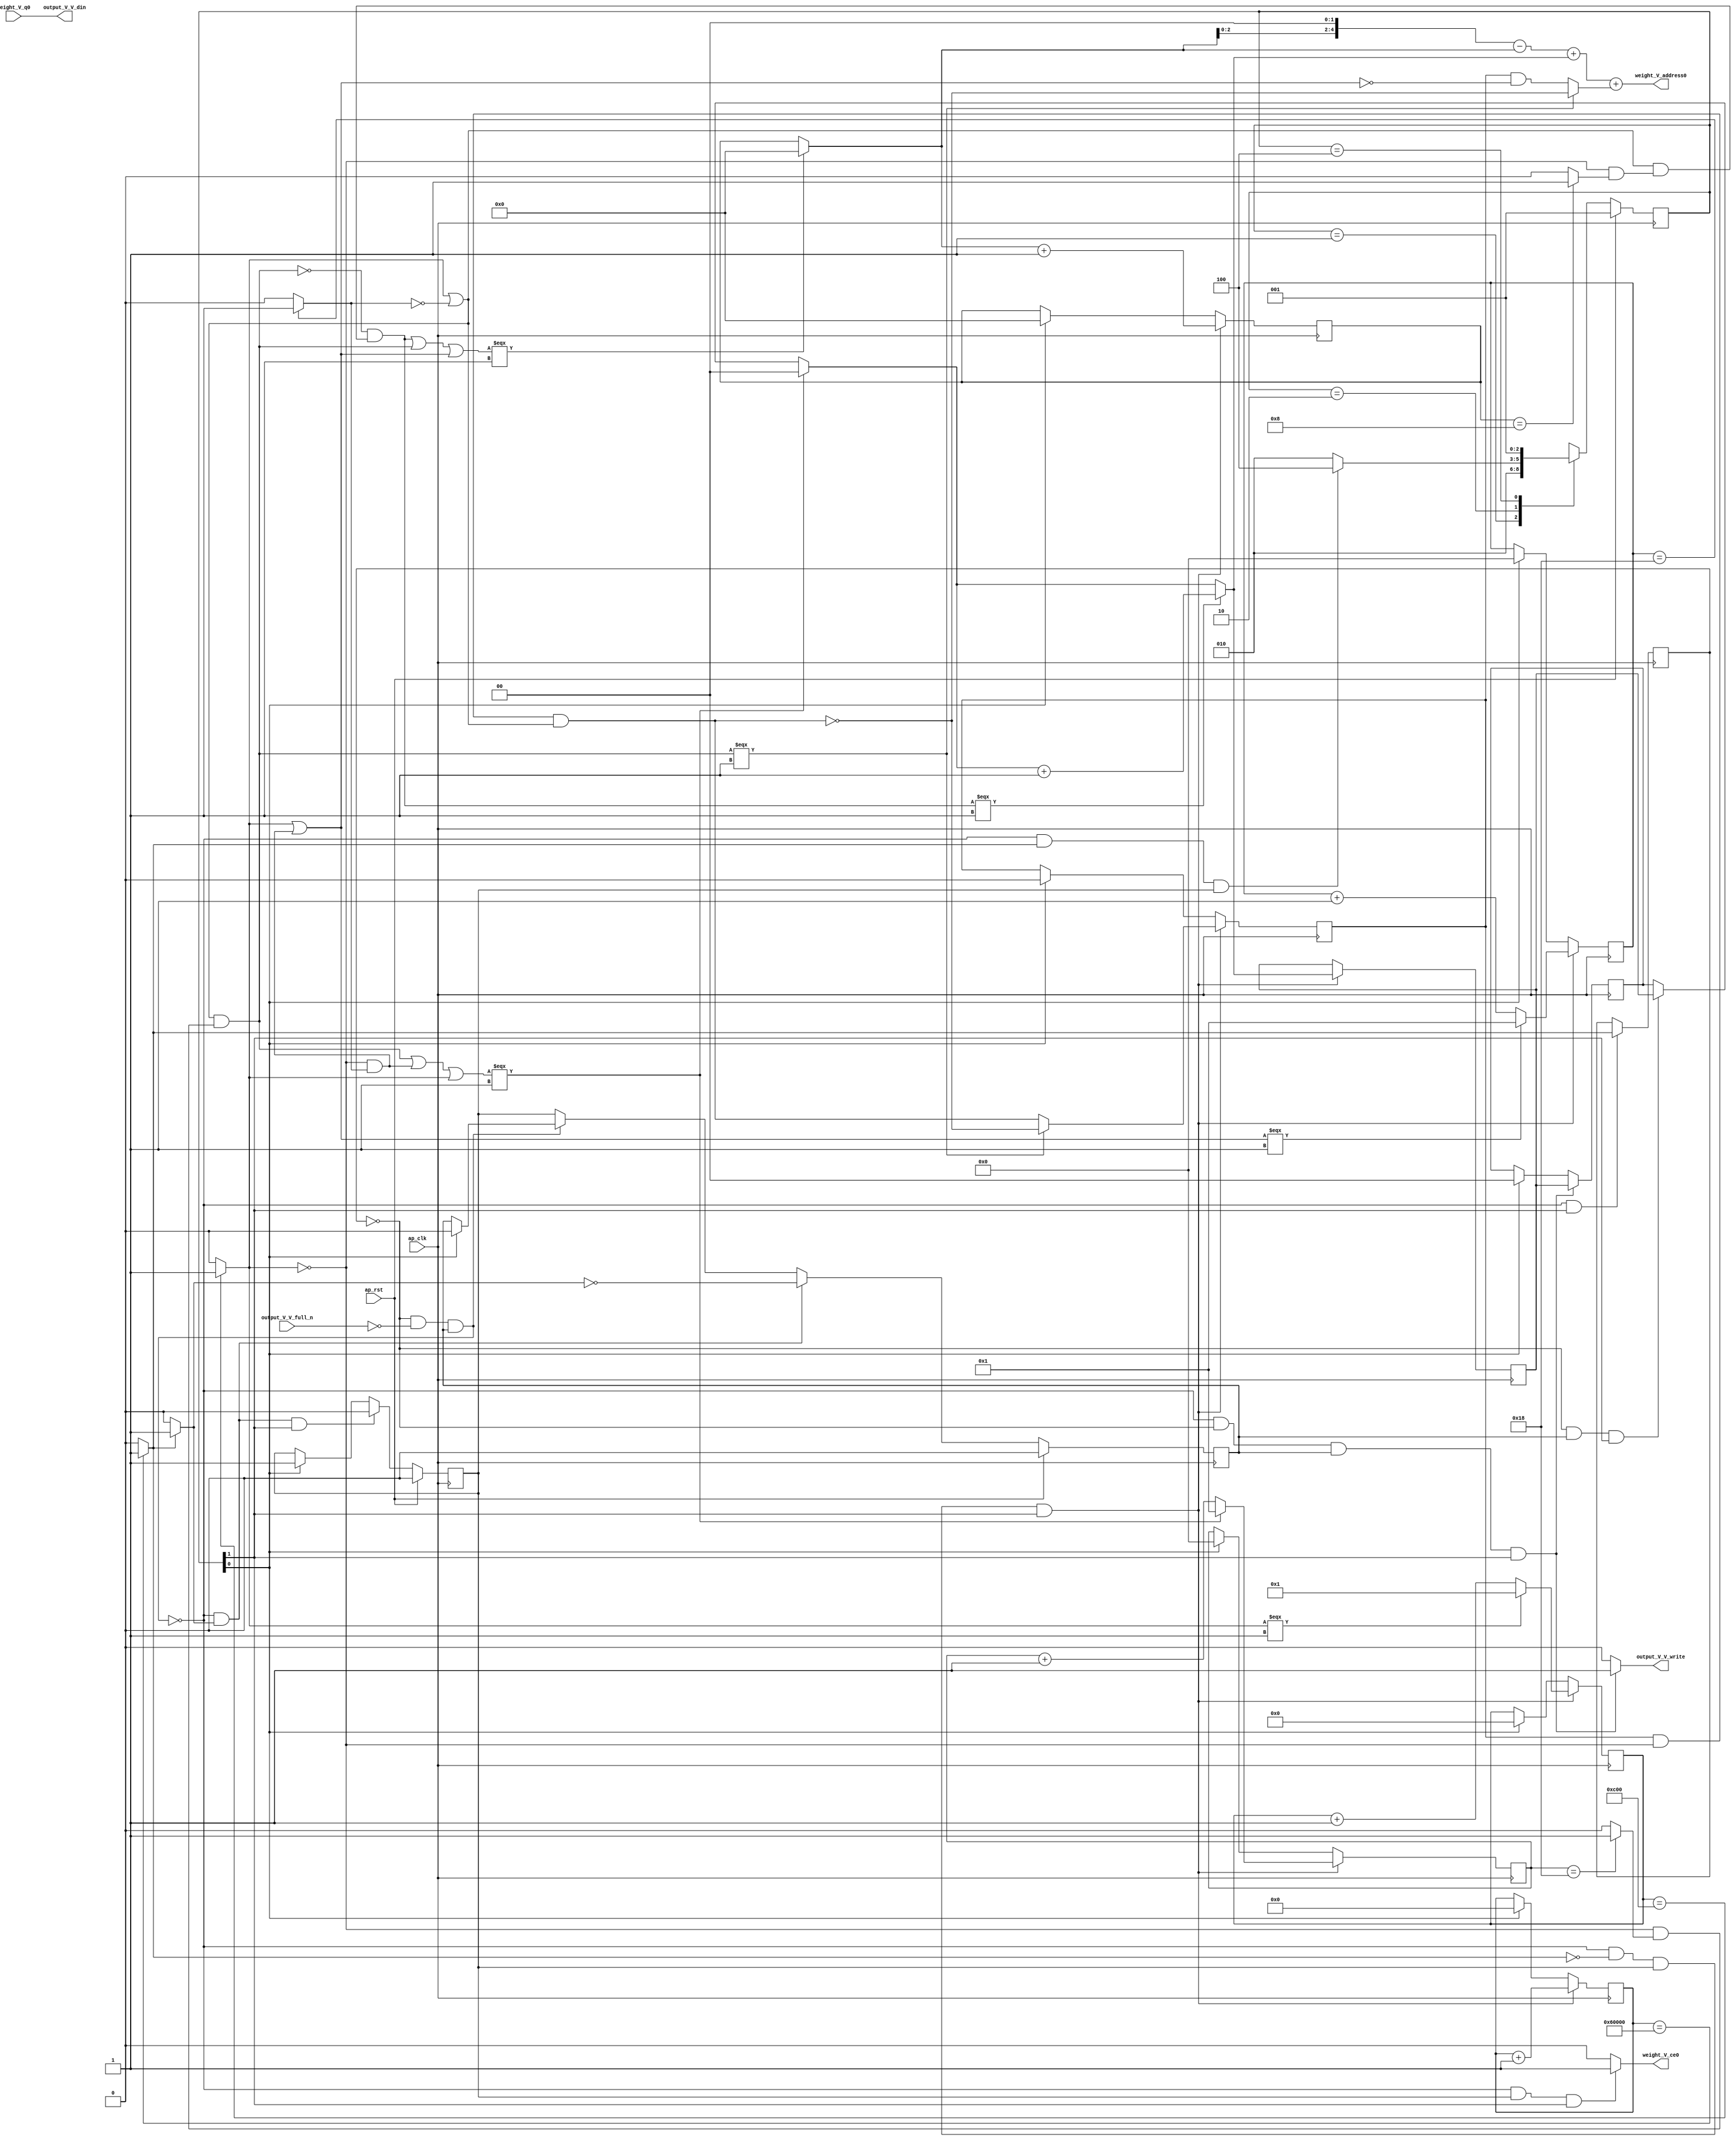
// ==============================================================
// RTL generated by Vivado(TM) HLS - High-Level Synthesis from C, C++ and SystemC
// Version: 2017.4
// Copyright (C) 1986-2017 Xilinx, Inc. All Rights Reserved.
// 
// ===========================================================

`timescale 1 ns / 1 ps 

(* CORE_GENERATION_INFO="weight_s_4,hls_ip_2017_4,{HLS_INPUT_TYPE=cxx,HLS_INPUT_FLOAT=0,HLS_INPUT_FIXED=1,HLS_INPUT_PART=xczu9eg-ffvb1156-2-e,HLS_INPUT_CLOCK=10.000000,HLS_INPUT_ARCH=others,HLS_SYN_CLOCK=5.218125,HLS_SYN_LAT=393218,HLS_SYN_TPT=none,HLS_SYN_MEM=0,HLS_SYN_DSP=0,HLS_SYN_FF=59,HLS_SYN_LUT=574}" *)

module weight_s_4 (
        ap_clk,
        ap_rst,
        output_V_V_din,
        output_V_V_full_n,
        output_V_V_write,
        weight_V_address0,
        weight_V_ce0,
        weight_V_q0
);

parameter    ap_ST_fsm_state1 = 3'd1;
parameter    ap_ST_fsm_pp0_stage0 = 3'd2;
parameter    ap_ST_fsm_state4 = 3'd4;

input   ap_clk;
input   ap_rst;
output  [7:0] output_V_V_din;
input   output_V_V_full_n;
output   output_V_V_write;
output  [4:0] weight_V_address0;
output   weight_V_ce0;
input  [7:0] weight_V_q0;

reg output_V_V_write;
reg weight_V_ce0;

reg    output_V_V_blk_n;
(* fsm_encoding = "none" *) reg   [2:0] ap_CS_fsm;
wire    ap_CS_fsm_pp0_stage0;
reg    ap_enable_reg_pp0_iter1;
wire    ap_block_pp0_stage0;
reg   [0:0] exitcond_flatten3_reg_480;
reg   [18:0] indvar_flatten1_reg_110;
reg   [12:0] indvar_flatten2_reg_121;
reg   [5:0] indvar_flatten3_reg_132;
reg   [0:0] wkern_reg_143;
reg   [5:0] indvar_flatten_reg_154;
reg   [1:0] pkern_reg_165;
reg   [3:0] pout_reg_176;
wire   [0:0] exitcond_flatten3_fu_187_p2;
wire    ap_block_state2_pp0_stage0_iter0;
reg    ap_block_state3_pp0_stage0_iter1;
reg    ap_block_pp0_stage0_11001;
wire   [18:0] indvar_flatten_next3_fu_193_p2;
reg    ap_enable_reg_pp0_iter0;
wire   [0:0] wkern_mid2_fu_351_p3;
wire   [1:0] tmp_4_mid2_fu_385_p3;
reg   [1:0] tmp_4_mid2_reg_494;
wire   [3:0] pout_1_fu_432_p2;
wire   [5:0] indvar_flatten_next_fu_444_p3;
wire   [5:0] indvar_flatten_next1_fu_458_p3;
wire   [12:0] indvar_flatten_next2_fu_472_p3;
wire    ap_CS_fsm_state1;
reg    ap_block_pp0_stage0_subdone;
reg    ap_condition_pp0_exit_iter0_state2;
reg   [1:0] ap_phi_mux_pkern_phi_fu_169_p4;
wire  signed [63:0] tmp_12_cast_fu_427_p1;
reg    ap_block_pp0_stage0_01001;
wire   [0:0] exitcond_flatten_fu_199_p2;
wire   [0:0] not_exitcond_flatten_fu_205_p2;
wire   [0:0] exitcond_fu_217_p2;
wire   [0:0] exitcond_flatten1_fu_229_p2;
wire   [0:0] exitcond_flatten2_fu_241_p2;
wire   [0:0] exitcond_flatten15_n_fu_253_p2;
wire   [0:0] wkern_mid_fu_211_p2;
wire   [0:0] not_exitcond_flatten_1_fu_259_p2;
wire   [0:0] exitcond_flatten15_m_fu_247_p2;
wire   [0:0] tmp_1_fu_271_p2;
wire   [0:0] not_tmp_1_fu_277_p2;
wire   [0:0] exitcond_mid_fu_223_p2;
wire   [0:0] exitcond_flatten_mid_fu_235_p2;
wire   [0:0] wkern_mid1_fu_265_p2;
wire   [0:0] exitcond_flatten_mid_2_fu_295_p2;
wire   [0:0] tmp_5_fu_307_p2;
wire   [0:0] tmp_2_fu_313_p2;
wire   [0:0] wkern_1_fu_301_p2;
wire   [0:0] tmp_2_mid_fu_283_p2;
wire   [0:0] tmp_2_mid2_fu_327_p3;
wire   [0:0] exitcond_mid1_fu_289_p2;
wire   [0:0] not_exitcond_flatten_2_fu_339_p2;
wire   [1:0] pkern_mid1_fu_319_p3;
wire   [0:0] exitcond_mid2_fu_345_p2;
wire   [0:0] tmp_8_fu_365_p2;
wire   [0:0] tmp_3_fu_371_p2;
wire   [1:0] pkern_1_fu_359_p2;
wire   [3:0] pout_mid2_fu_377_p3;
wire   [5:0] tmp_9_fu_401_p3;
wire   [5:0] tmp_6_cast_fu_397_p1;
wire   [5:0] tmp_s_fu_409_p2;
wire   [5:0] tmp_4_mid2_cast_fu_393_p1;
wire   [5:0] tmp_4_fu_415_p2;
wire   [5:0] tmp_2_mid2_cast_fu_335_p1;
wire   [5:0] tmp_6_fu_421_p2;
wire   [5:0] indvar_flatten_op_fu_438_p2;
wire   [5:0] indvar_flatten13_op_fu_452_p2;
wire   [12:0] indvar_flatten37_op_fu_466_p2;
reg   [2:0] ap_NS_fsm;
reg    ap_idle_pp0;
wire    ap_enable_pp0;

// power-on initialization
initial begin
#0 ap_CS_fsm = 3'd1;
#0 ap_enable_reg_pp0_iter1 = 1'b0;
#0 ap_enable_reg_pp0_iter0 = 1'b0;
end

always @ (posedge ap_clk) begin
    if (ap_rst == 1'b1) begin
        ap_CS_fsm <= ap_ST_fsm_state1;
    end else begin
        ap_CS_fsm <= ap_NS_fsm;
    end
end

always @ (posedge ap_clk) begin
    if (ap_rst == 1'b1) begin
        ap_enable_reg_pp0_iter0 <= 1'b0;
    end else begin
        if (((1'b0 == ap_block_pp0_stage0_subdone) & (1'b1 == ap_condition_pp0_exit_iter0_state2) & (1'b1 == ap_CS_fsm_pp0_stage0))) begin
            ap_enable_reg_pp0_iter0 <= 1'b0;
        end else if ((1'b1 == ap_CS_fsm_state1)) begin
            ap_enable_reg_pp0_iter0 <= 1'b1;
        end
    end
end

always @ (posedge ap_clk) begin
    if (ap_rst == 1'b1) begin
        ap_enable_reg_pp0_iter1 <= 1'b0;
    end else begin
        if (((1'b0 == ap_block_pp0_stage0_subdone) & (1'b1 == ap_condition_pp0_exit_iter0_state2))) begin
            ap_enable_reg_pp0_iter1 <= (1'b1 ^ ap_condition_pp0_exit_iter0_state2);
        end else if ((1'b0 == ap_block_pp0_stage0_subdone)) begin
            ap_enable_reg_pp0_iter1 <= ap_enable_reg_pp0_iter0;
        end else if ((1'b1 == ap_CS_fsm_state1)) begin
            ap_enable_reg_pp0_iter1 <= 1'b0;
        end
    end
end

always @ (posedge ap_clk) begin
    if (((1'b0 == ap_block_pp0_stage0_11001) & (exitcond_flatten3_fu_187_p2 == 1'd0) & (ap_enable_reg_pp0_iter0 == 1'b1) & (1'b1 == ap_CS_fsm_pp0_stage0))) begin
        indvar_flatten1_reg_110 <= indvar_flatten_next3_fu_193_p2;
    end else if ((1'b1 == ap_CS_fsm_state1)) begin
        indvar_flatten1_reg_110 <= 19'd0;
    end
end

always @ (posedge ap_clk) begin
    if (((1'b0 == ap_block_pp0_stage0_11001) & (exitcond_flatten3_fu_187_p2 == 1'd0) & (ap_enable_reg_pp0_iter0 == 1'b1) & (1'b1 == ap_CS_fsm_pp0_stage0))) begin
        indvar_flatten2_reg_121 <= indvar_flatten_next2_fu_472_p3;
    end else if ((1'b1 == ap_CS_fsm_state1)) begin
        indvar_flatten2_reg_121 <= 13'd0;
    end
end

always @ (posedge ap_clk) begin
    if (((1'b0 == ap_block_pp0_stage0_11001) & (exitcond_flatten3_fu_187_p2 == 1'd0) & (ap_enable_reg_pp0_iter0 == 1'b1) & (1'b1 == ap_CS_fsm_pp0_stage0))) begin
        indvar_flatten3_reg_132 <= indvar_flatten_next1_fu_458_p3;
    end else if ((1'b1 == ap_CS_fsm_state1)) begin
        indvar_flatten3_reg_132 <= 6'd0;
    end
end

always @ (posedge ap_clk) begin
    if (((1'b0 == ap_block_pp0_stage0_11001) & (exitcond_flatten3_fu_187_p2 == 1'd0) & (ap_enable_reg_pp0_iter0 == 1'b1) & (1'b1 == ap_CS_fsm_pp0_stage0))) begin
        indvar_flatten_reg_154 <= indvar_flatten_next_fu_444_p3;
    end else if ((1'b1 == ap_CS_fsm_state1)) begin
        indvar_flatten_reg_154 <= 6'd0;
    end
end

always @ (posedge ap_clk) begin
    if (((1'b0 == ap_block_pp0_stage0_11001) & (exitcond_flatten3_reg_480 == 1'd0) & (ap_enable_reg_pp0_iter1 == 1'b1) & (1'b1 == ap_CS_fsm_pp0_stage0))) begin
        pkern_reg_165 <= tmp_4_mid2_reg_494;
    end else if ((1'b1 == ap_CS_fsm_state1)) begin
        pkern_reg_165 <= 2'd0;
    end
end

always @ (posedge ap_clk) begin
    if (((1'b0 == ap_block_pp0_stage0_11001) & (exitcond_flatten3_fu_187_p2 == 1'd0) & (ap_enable_reg_pp0_iter0 == 1'b1) & (1'b1 == ap_CS_fsm_pp0_stage0))) begin
        pout_reg_176 <= pout_1_fu_432_p2;
    end else if ((1'b1 == ap_CS_fsm_state1)) begin
        pout_reg_176 <= 4'd0;
    end
end

always @ (posedge ap_clk) begin
    if (((1'b0 == ap_block_pp0_stage0_11001) & (exitcond_flatten3_fu_187_p2 == 1'd0) & (ap_enable_reg_pp0_iter0 == 1'b1) & (1'b1 == ap_CS_fsm_pp0_stage0))) begin
        wkern_reg_143 <= wkern_mid2_fu_351_p3;
    end else if ((1'b1 == ap_CS_fsm_state1)) begin
        wkern_reg_143 <= 1'd0;
    end
end

always @ (posedge ap_clk) begin
    if (((1'b0 == ap_block_pp0_stage0_11001) & (1'b1 == ap_CS_fsm_pp0_stage0))) begin
        exitcond_flatten3_reg_480 <= exitcond_flatten3_fu_187_p2;
    end
end

always @ (posedge ap_clk) begin
    if (((1'b0 == ap_block_pp0_stage0_11001) & (exitcond_flatten3_fu_187_p2 == 1'd0) & (ap_enable_reg_pp0_iter0 == 1'b1) & (1'b1 == ap_CS_fsm_pp0_stage0))) begin
        tmp_4_mid2_reg_494 <= tmp_4_mid2_fu_385_p3;
    end
end

always @ (*) begin
    if ((exitcond_flatten3_fu_187_p2 == 1'd1)) begin
        ap_condition_pp0_exit_iter0_state2 = 1'b1;
    end else begin
        ap_condition_pp0_exit_iter0_state2 = 1'b0;
    end
end

always @ (*) begin
    if (((ap_enable_reg_pp0_iter0 == 1'b0) & (ap_enable_reg_pp0_iter1 == 1'b0))) begin
        ap_idle_pp0 = 1'b1;
    end else begin
        ap_idle_pp0 = 1'b0;
    end
end

always @ (*) begin
    if (((exitcond_flatten3_reg_480 == 1'd0) & (1'b0 == ap_block_pp0_stage0) & (ap_enable_reg_pp0_iter1 == 1'b1) & (1'b1 == ap_CS_fsm_pp0_stage0))) begin
        ap_phi_mux_pkern_phi_fu_169_p4 = tmp_4_mid2_reg_494;
    end else begin
        ap_phi_mux_pkern_phi_fu_169_p4 = pkern_reg_165;
    end
end

always @ (*) begin
    if (((exitcond_flatten3_reg_480 == 1'd0) & (1'b0 == ap_block_pp0_stage0) & (ap_enable_reg_pp0_iter1 == 1'b1) & (1'b1 == ap_CS_fsm_pp0_stage0))) begin
        output_V_V_blk_n = output_V_V_full_n;
    end else begin
        output_V_V_blk_n = 1'b1;
    end
end

always @ (*) begin
    if (((1'b0 == ap_block_pp0_stage0_11001) & (exitcond_flatten3_reg_480 == 1'd0) & (ap_enable_reg_pp0_iter1 == 1'b1) & (1'b1 == ap_CS_fsm_pp0_stage0))) begin
        output_V_V_write = 1'b1;
    end else begin
        output_V_V_write = 1'b0;
    end
end

always @ (*) begin
    if (((1'b0 == ap_block_pp0_stage0_11001) & (ap_enable_reg_pp0_iter0 == 1'b1) & (1'b1 == ap_CS_fsm_pp0_stage0))) begin
        weight_V_ce0 = 1'b1;
    end else begin
        weight_V_ce0 = 1'b0;
    end
end

always @ (*) begin
    case (ap_CS_fsm)
        ap_ST_fsm_state1 : begin
            ap_NS_fsm = ap_ST_fsm_pp0_stage0;
        end
        ap_ST_fsm_pp0_stage0 : begin
            if (~((1'b0 == ap_block_pp0_stage0_subdone) & (exitcond_flatten3_fu_187_p2 == 1'd1) & (ap_enable_reg_pp0_iter0 == 1'b1))) begin
                ap_NS_fsm = ap_ST_fsm_pp0_stage0;
            end else if (((1'b0 == ap_block_pp0_stage0_subdone) & (exitcond_flatten3_fu_187_p2 == 1'd1) & (ap_enable_reg_pp0_iter0 == 1'b1))) begin
                ap_NS_fsm = ap_ST_fsm_state4;
            end else begin
                ap_NS_fsm = ap_ST_fsm_pp0_stage0;
            end
        end
        ap_ST_fsm_state4 : begin
            ap_NS_fsm = ap_ST_fsm_state1;
        end
        default : begin
            ap_NS_fsm = 'bx;
        end
    endcase
end

assign ap_CS_fsm_pp0_stage0 = ap_CS_fsm[32'd1];

assign ap_CS_fsm_state1 = ap_CS_fsm[32'd0];

assign ap_block_pp0_stage0 = ~(1'b1 == 1'b1);

always @ (*) begin
    ap_block_pp0_stage0_01001 = ((exitcond_flatten3_reg_480 == 1'd0) & (output_V_V_full_n == 1'b0) & (ap_enable_reg_pp0_iter1 == 1'b1));
end

always @ (*) begin
    ap_block_pp0_stage0_11001 = ((exitcond_flatten3_reg_480 == 1'd0) & (output_V_V_full_n == 1'b0) & (ap_enable_reg_pp0_iter1 == 1'b1));
end

always @ (*) begin
    ap_block_pp0_stage0_subdone = ((exitcond_flatten3_reg_480 == 1'd0) & (output_V_V_full_n == 1'b0) & (ap_enable_reg_pp0_iter1 == 1'b1));
end

assign ap_block_state2_pp0_stage0_iter0 = ~(1'b1 == 1'b1);

always @ (*) begin
    ap_block_state3_pp0_stage0_iter1 = ((exitcond_flatten3_reg_480 == 1'd0) & (output_V_V_full_n == 1'b0));
end

assign ap_enable_pp0 = (ap_idle_pp0 ^ 1'b1);

assign exitcond_flatten15_m_fu_247_p2 = (not_exitcond_flatten_fu_205_p2 & exitcond_flatten2_fu_241_p2);

assign exitcond_flatten15_n_fu_253_p2 = (exitcond_flatten2_fu_241_p2 ^ 1'd1);

assign exitcond_flatten1_fu_229_p2 = ((indvar_flatten_reg_154 == 6'd24) ? 1'b1 : 1'b0);

assign exitcond_flatten2_fu_241_p2 = ((indvar_flatten3_reg_132 == 6'd24) ? 1'b1 : 1'b0);

assign exitcond_flatten3_fu_187_p2 = ((indvar_flatten1_reg_110 == 19'd393216) ? 1'b1 : 1'b0);

assign exitcond_flatten_fu_199_p2 = ((indvar_flatten2_reg_121 == 13'd3072) ? 1'b1 : 1'b0);

assign exitcond_flatten_mid_2_fu_295_p2 = (not_exitcond_flatten_1_fu_259_p2 & exitcond_flatten_mid_fu_235_p2);

assign exitcond_flatten_mid_fu_235_p2 = (not_exitcond_flatten_fu_205_p2 & exitcond_flatten1_fu_229_p2);

assign exitcond_fu_217_p2 = ((pout_reg_176 == 4'd8) ? 1'b1 : 1'b0);

assign exitcond_mid1_fu_289_p2 = (not_exitcond_flatten_1_fu_259_p2 & exitcond_mid_fu_223_p2);

assign exitcond_mid2_fu_345_p2 = (not_exitcond_flatten_2_fu_339_p2 & exitcond_mid1_fu_289_p2);

assign exitcond_mid_fu_223_p2 = (not_exitcond_flatten_fu_205_p2 & exitcond_fu_217_p2);

assign indvar_flatten13_op_fu_452_p2 = (indvar_flatten3_reg_132 + 6'd1);

assign indvar_flatten37_op_fu_466_p2 = (indvar_flatten2_reg_121 + 13'd1);

assign indvar_flatten_next1_fu_458_p3 = ((tmp_1_fu_271_p2[0:0] === 1'b1) ? 6'd1 : indvar_flatten13_op_fu_452_p2);

assign indvar_flatten_next2_fu_472_p3 = ((exitcond_flatten_fu_199_p2[0:0] === 1'b1) ? 13'd1 : indvar_flatten37_op_fu_466_p2);

assign indvar_flatten_next3_fu_193_p2 = (indvar_flatten1_reg_110 + 19'd1);

assign indvar_flatten_next_fu_444_p3 = ((tmp_2_fu_313_p2[0:0] === 1'b1) ? 6'd1 : indvar_flatten_op_fu_438_p2);

assign indvar_flatten_op_fu_438_p2 = (indvar_flatten_reg_154 + 6'd1);

assign not_exitcond_flatten_1_fu_259_p2 = (exitcond_flatten_fu_199_p2 | exitcond_flatten15_n_fu_253_p2);

assign not_exitcond_flatten_2_fu_339_p2 = (exitcond_flatten_mid_2_fu_295_p2 ^ 1'd1);

assign not_exitcond_flatten_fu_205_p2 = (exitcond_flatten_fu_199_p2 ^ 1'd1);

assign not_tmp_1_fu_277_p2 = (tmp_1_fu_271_p2 ^ 1'd1);

assign output_V_V_din = weight_V_q0;

assign pkern_1_fu_359_p2 = (pkern_mid1_fu_319_p3 + 2'd1);

assign pkern_mid1_fu_319_p3 = ((tmp_2_fu_313_p2[0:0] === 1'b1) ? 2'd0 : ap_phi_mux_pkern_phi_fu_169_p4);

assign pout_1_fu_432_p2 = (pout_mid2_fu_377_p3 + 4'd1);

assign pout_mid2_fu_377_p3 = ((tmp_3_fu_371_p2[0:0] === 1'b1) ? 4'd0 : pout_reg_176);

assign tmp_12_cast_fu_427_p1 = $signed(tmp_6_fu_421_p2);

assign tmp_1_fu_271_p2 = (exitcond_flatten_fu_199_p2 | exitcond_flatten15_m_fu_247_p2);

assign tmp_2_fu_313_p2 = (tmp_5_fu_307_p2 | exitcond_flatten_fu_199_p2);

assign tmp_2_mid2_cast_fu_335_p1 = tmp_2_mid2_fu_327_p3;

assign tmp_2_mid2_fu_327_p3 = ((exitcond_flatten_mid_2_fu_295_p2[0:0] === 1'b1) ? wkern_1_fu_301_p2 : tmp_2_mid_fu_283_p2);

assign tmp_2_mid_fu_283_p2 = (wkern_reg_143 & not_tmp_1_fu_277_p2);

assign tmp_3_fu_371_p2 = (tmp_8_fu_365_p2 | tmp_1_fu_271_p2);

assign tmp_4_fu_415_p2 = (tmp_s_fu_409_p2 + tmp_4_mid2_cast_fu_393_p1);

assign tmp_4_mid2_cast_fu_393_p1 = tmp_4_mid2_fu_385_p3;

assign tmp_4_mid2_fu_385_p3 = ((exitcond_mid2_fu_345_p2[0:0] === 1'b1) ? pkern_1_fu_359_p2 : pkern_mid1_fu_319_p3);

assign tmp_5_fu_307_p2 = (exitcond_flatten_mid_2_fu_295_p2 | exitcond_flatten15_m_fu_247_p2);

assign tmp_6_cast_fu_397_p1 = pout_mid2_fu_377_p3;

assign tmp_6_fu_421_p2 = (tmp_4_fu_415_p2 + tmp_2_mid2_cast_fu_335_p1);

assign tmp_8_fu_365_p2 = (exitcond_mid2_fu_345_p2 | exitcond_flatten_mid_2_fu_295_p2);

assign tmp_9_fu_401_p3 = {{pout_mid2_fu_377_p3}, {2'd0}};

assign tmp_s_fu_409_p2 = (tmp_9_fu_401_p3 - tmp_6_cast_fu_397_p1);

assign weight_V_address0 = tmp_12_cast_fu_427_p1;

assign wkern_1_fu_301_p2 = (wkern_mid1_fu_265_p2 ^ 1'd1);

assign wkern_mid1_fu_265_p2 = (wkern_mid_fu_211_p2 & not_exitcond_flatten_1_fu_259_p2);

assign wkern_mid2_fu_351_p3 = ((exitcond_flatten_mid_2_fu_295_p2[0:0] === 1'b1) ? wkern_1_fu_301_p2 : wkern_mid1_fu_265_p2);

assign wkern_mid_fu_211_p2 = (wkern_reg_143 & not_exitcond_flatten_fu_205_p2);

endmodule //weight_s_4